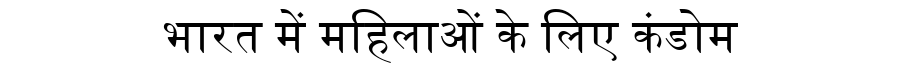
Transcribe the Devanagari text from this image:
भारत में महिलाओं के लिए कंडोम